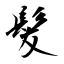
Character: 髪